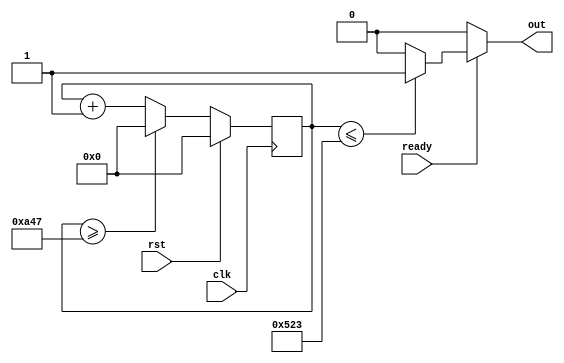
`timescale 1ns/1ps

// used for counting the freq of IR transmiter
module IR_send(clk, rst, ready, out);
    
    input clk, rst, ready;
    output out;

    wire [12:0] tk38;
    wire [12:0] tk38_half;
    wire [12:0] cnt_next;
    reg [12:0] cnt;

    assign tk38 = 2631;
    assign tk38_half = 1315;
    assign cnt_next = cnt + 1;

    always @(posedge clk) begin
        if (rst) cnt <= 0;
        else begin
            if (cnt >= tk38) cnt <= 0;
            else cnt <= cnt_next;
        end
    end

    assign out = ready ? ((cnt <= tk38_half) ? 1 : 0) : 0;

endmodule